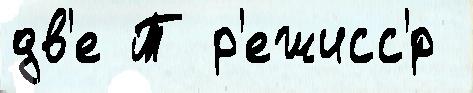
дв'е Т р'ежисс'́р